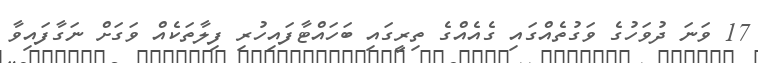
17 ވަނަ ދުވަހުގެ ވަގުތެއްގައި ގެއެއްގެ ތިރީގައި ބަހައްޓާފައިހުރި ފިލާތަކެއް ވަގަށް ނަގާފައިވާ